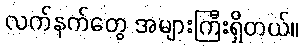
လက်နက်တွေ အများကြီးရှိတယ်။